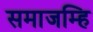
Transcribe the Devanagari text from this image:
समाजम्हि